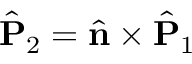
\hat { { \bf P } } _ { 2 } = \hat { \bf n } \times \hat { \bf P } _ { 1 }